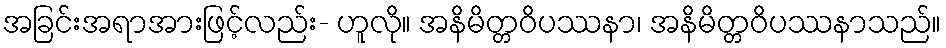
အခြင်းအရာအားဖြင့်လည်း- ဟူလို။ အနိမိတ္တဝိပဿနာ၊ အနိမိတ္တဝိပဿနာသည်။